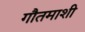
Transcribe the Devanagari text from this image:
गौतमाशी